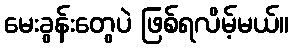
မေးခွန်းတွေပဲ ဖြစ်ရလိမ့်မယ်။